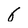
Character: 6